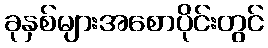
ခုနှစ်များအစောပိုင်းတွင်